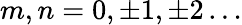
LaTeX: m,n=0,\pm 1,\pm 2\ldots